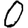
Digit: 0